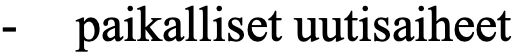
- paikalliset uutisaiheet